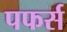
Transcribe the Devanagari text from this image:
पफर्स